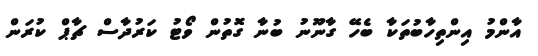
އާންމު އިންތިހާބުތަކާ ބެހޭ ގާނޫނު ބުނާ ގޮތުން ވޯޓު ކަރުދާސް ޗާޕް ކުރަން